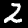
Digit: 2